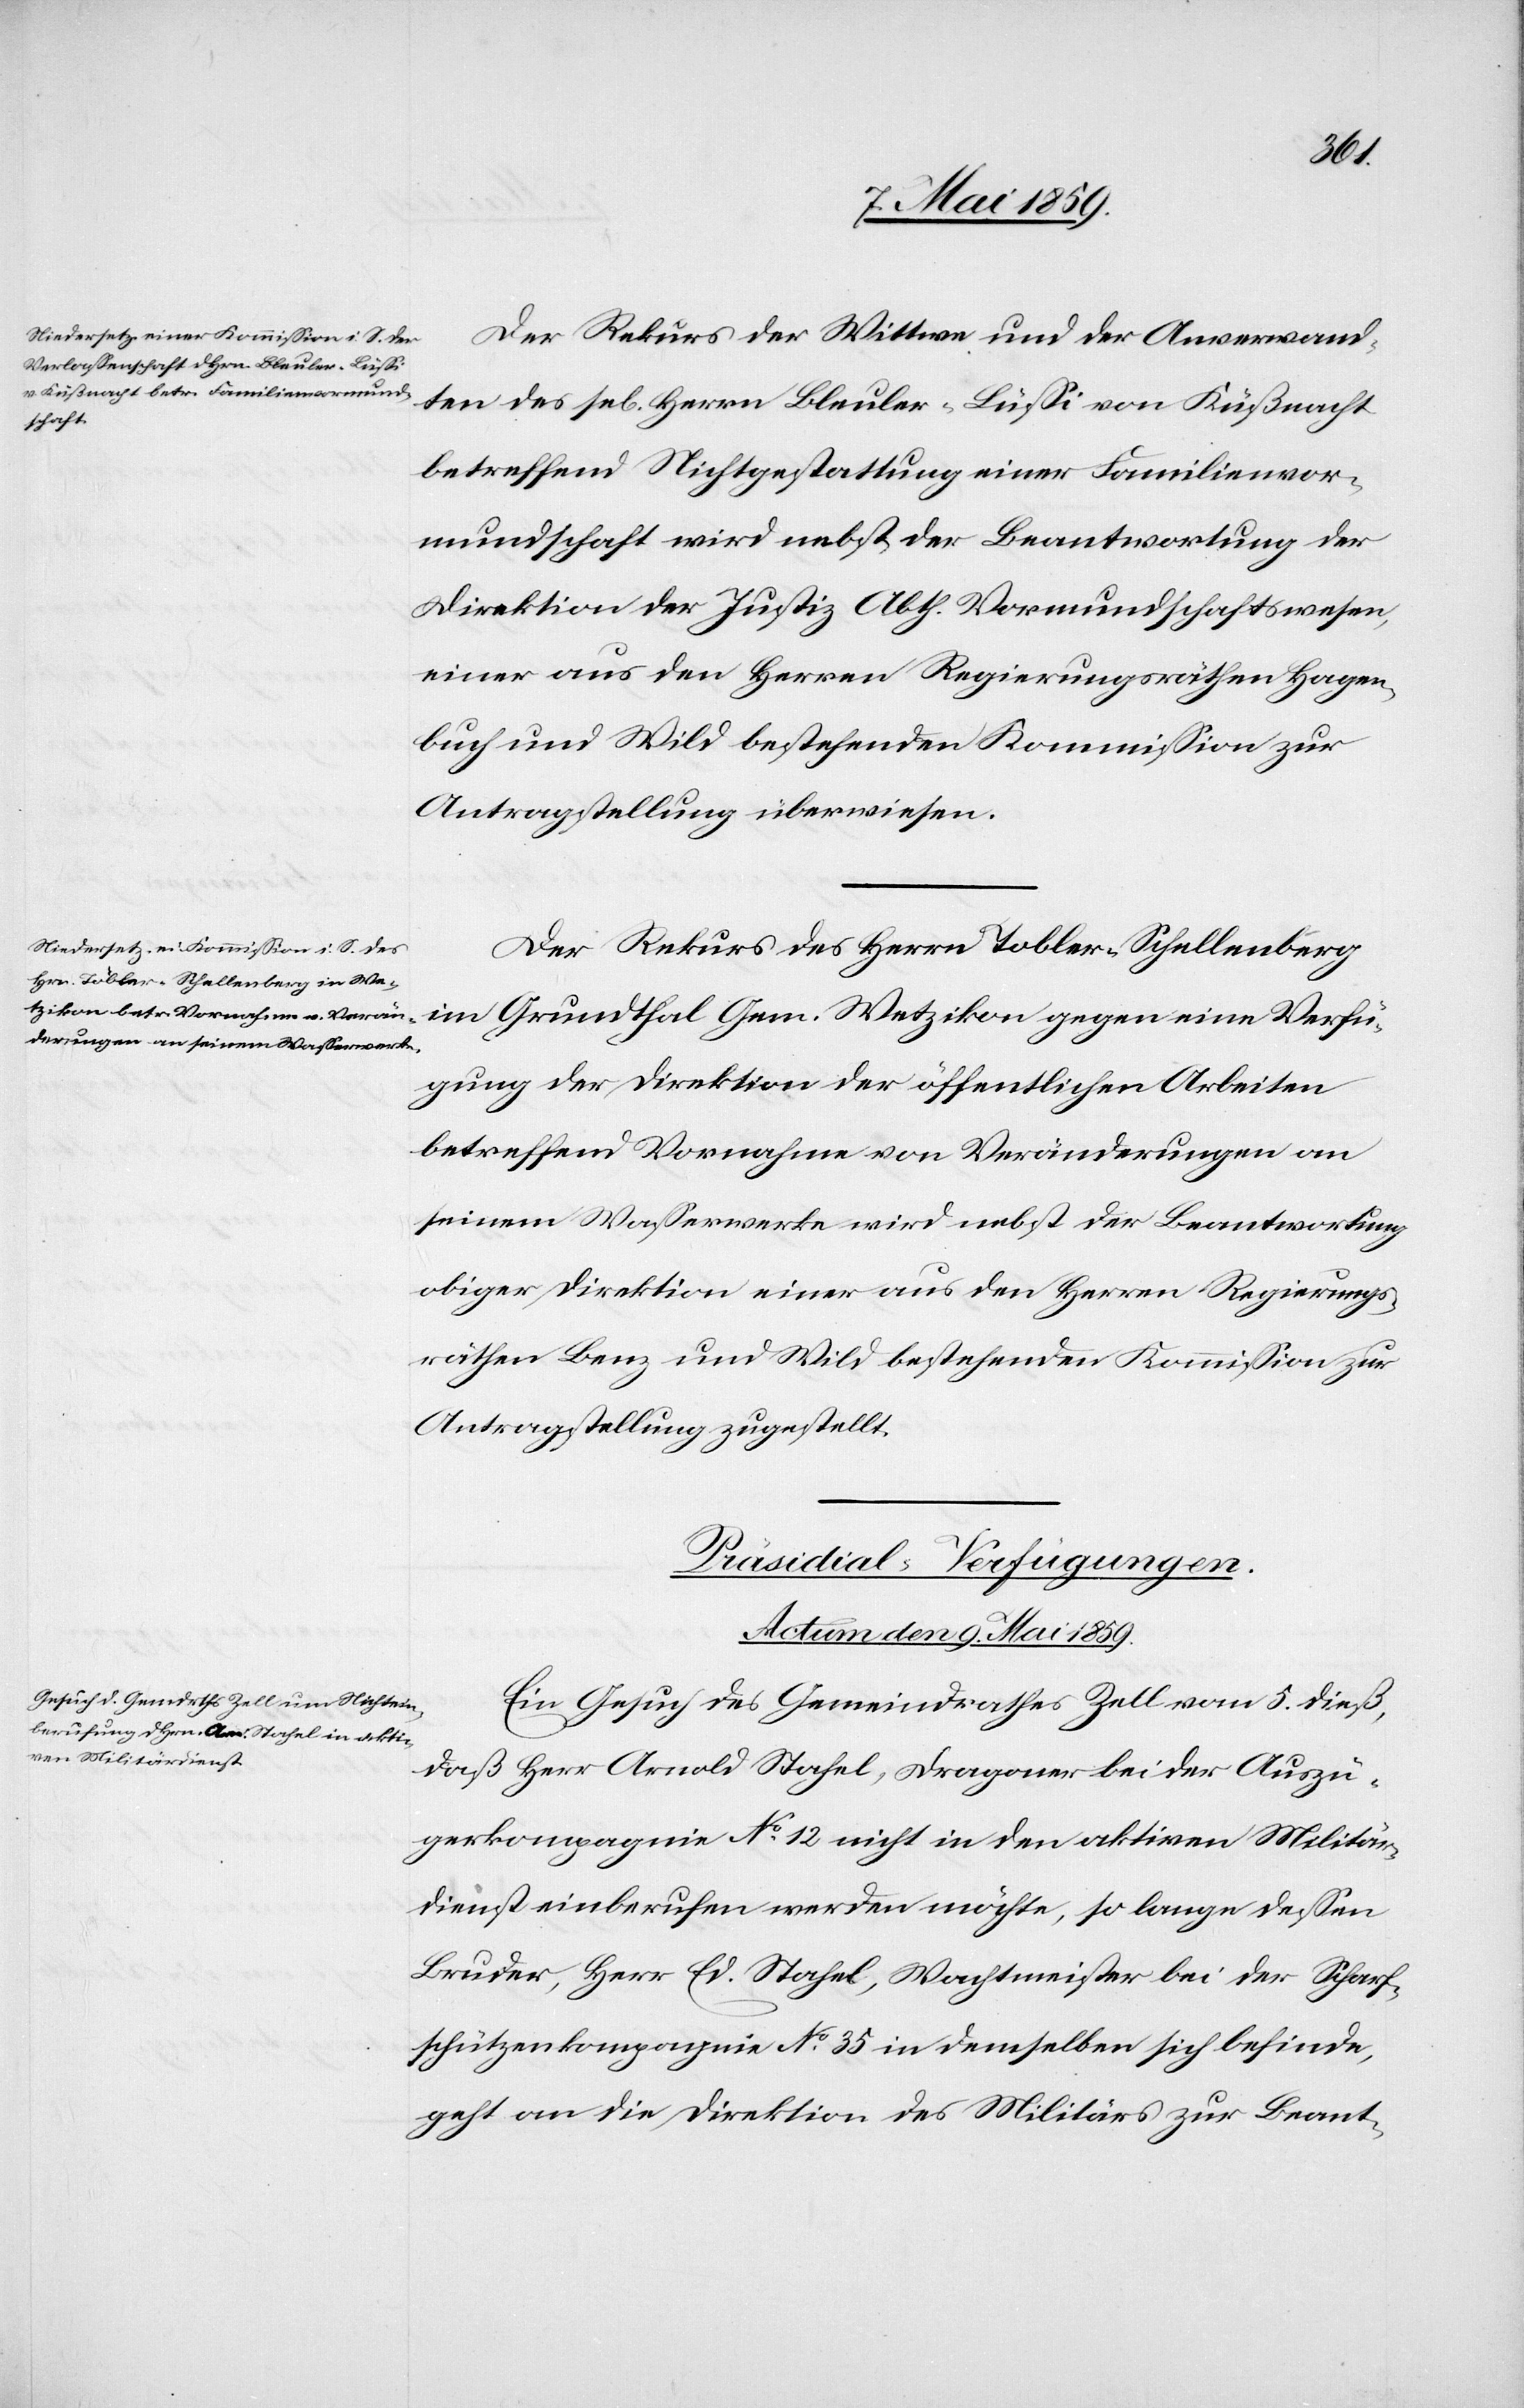
Der Rekurs der Wittwe und der Anverwand¬
ten des sel. Herrn Bleuler-Lüßi von Küßnacht
betreffend Nichtgestattung einer Familienvor¬
mundschaft wird nebst der Beantwortung der
Direktion der Justiz Abth. Vormundschaftswesen,
einer aus den Herren Regierungsräthen Hagen¬
buch und Wild bestehenden Kommißion zur
Antragstellung überwiesen.
Der Rekurs des Herrn Tobler-Schellenberg
im Grundthal Gem. Wetzikon gegen eine Verfü¬
gung der Direktion der öffentlichen Arbeiten
betreffend Vornahme von Veränderungen an
seinem Waßerwerke wird nebst der Beantwortung
obiger Direktion einer aus den Herren Regierungs¬
räthen Benz und Wild bestehenden Kommißion zur
Antragstellung zugestellt.
Präsidial-Verfügungen.
Actum den 9. Mai 1859.
Ein Gesuch des Gemeindrathes Zell vom 5. dieß,
daß Herr Arnold Stahel, Dragoner bei der Auszü¬
gerkompagnie No 12 nicht in den aktiven Militär¬
dienst einberufen werden möchte, so lange deßen
Bruder, Herr Ed. Stahel, Wachtmeister bei der Scharf¬
schützenkompagnie No 35 in demselben sich befinde,
geht an die Direktion des Militärs zur Beant-